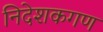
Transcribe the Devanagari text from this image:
निदेशकगण